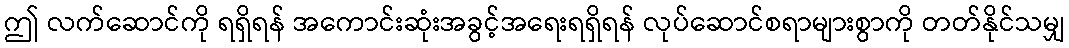
ဤ လက်ဆောင်ကို ရရှိရန် အကောင်းဆုံးအခွင့်အရေးရရှိရန် လုပ်ဆောင်စရာများစွာကို တတ်နိုင်သမျှ